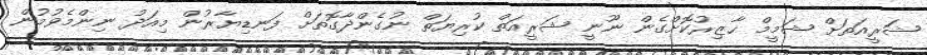
ޝަރީއަތަށް ޝަމީމް ހާޒިރުކޮށްގެން ނޫނީ ޝަރީއަތް ކުރިޔަތް ނުގެންދާގޮތަށް ފަނޑިޔާރުން މިއަދު ނިންމެވުމުން